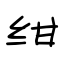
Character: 绀